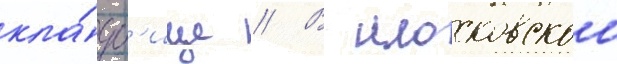
кла́дб'ище // В московскои